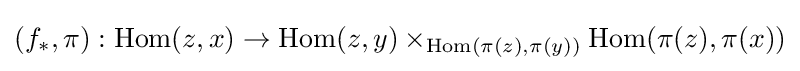
(f_{*},\pi ):\operatorname {Hom} (z,x)\to \operatorname {Hom} (z,y)\times _{\operatorname {Hom} (\pi (z),\pi (y))}\operatorname {Hom} (\pi (z),\pi (x))